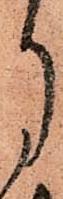
月